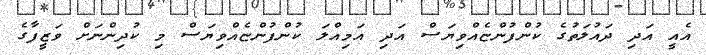
އެއީ އަދި ދައުލަތުގެ ކުންފުންޏެއްވިޔަސް އަދި އަމިއްލަ ކުންފުންޏެއްވިޔަސް މި ކުދިންނަށް ވަޒީފާގެ